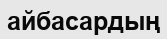
айбасардың